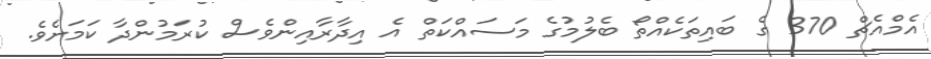
އެމްއެޗް 370 ގެ ބައިތަކެއްތޯ ބެލުމުގެ މަސައްކަތް އެ އިދާރާއިންވެސް ކުރަމުންދާ ކަމަށެވެ.